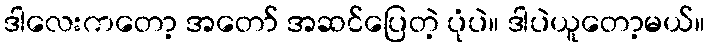
ဒါလေးကတော့ အတော် အဆင်ပြေတဲ့ ပုံပဲ။ ဒါပဲယူတော့မယ်။